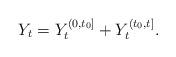
LaTeX: \begin{align*} Y_t = Y^{(0,t_0]}_t + Y^{(t_0,t]}_t. \end{align*}